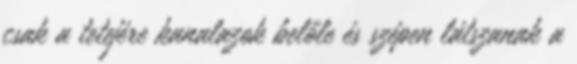
csak a tetejére kanalazok belőle és szépen látszanak a